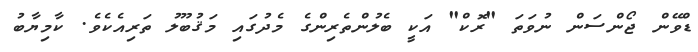
ޑްވޭން ޖޯންސަން ނުވަތަ "ރޮކް" އަކީ ބެލުންތެރިންގެ މެދުގައި މަޤުބޫލު ތަރިއެކެވެ. ކާމިޔާބު